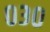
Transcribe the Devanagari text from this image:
०३०